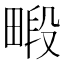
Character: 𪽜